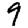
Digit: 9